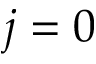
j = 0